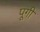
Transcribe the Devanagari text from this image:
पूगी